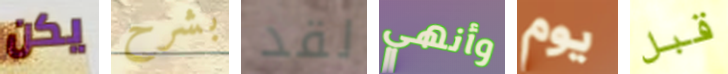
يكن بشرح لقد وأنهي يوم قبل